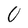
Character: U